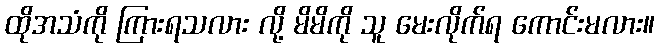
ထိုအသံကို ကြားရသလား လို့ မိမိကို သူ မေးလိုက်ရ ကောင်းမလား။